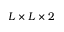
L \times L \times 2